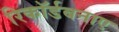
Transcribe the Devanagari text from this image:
रिकॉर्डबनाए